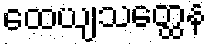
ထေယျသတ္ထေန